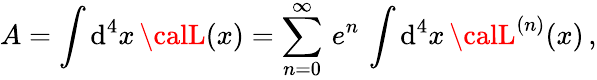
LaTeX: A=\int\mathrm{d}^{4}x\, {\calL}(x)=\sum_{n=0}^{\infty}\, e^{n}\, \int\mathrm{d}^{4}x\, {\calL}^{(n)}(x)\, ,